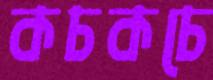
কচকচে